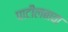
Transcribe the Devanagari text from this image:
पाटीलबावा